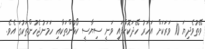
ވޭތުވެދިޔަ 10 ވަރަކަށް އަހަރު ހޭދަކޮށްފައި ވަނީ ސިޔާސީ ކޯޅުންތަކާއި ހަމަނުޖެހުންތަކުގަ އެވެ.